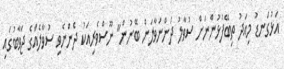
އަޅުގަނޑު މިއަދު ތިބޭފުޅުންނަށް ސުވާލު ދަންނަވާލަން ބޭނުން" ނޫސްވެރިއަކު ދެންނެވި ސުވާލެއްގެ ޖަވާބުގައި